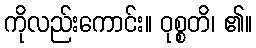
ကိုလည်းကောင်း။ ဝုစ္စတိ၊ ၏။